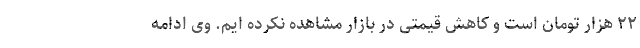
۲۲ هزار تومان است و کاهش قیمتی در بازار مشاهده نکرده ایم. وی ادامه